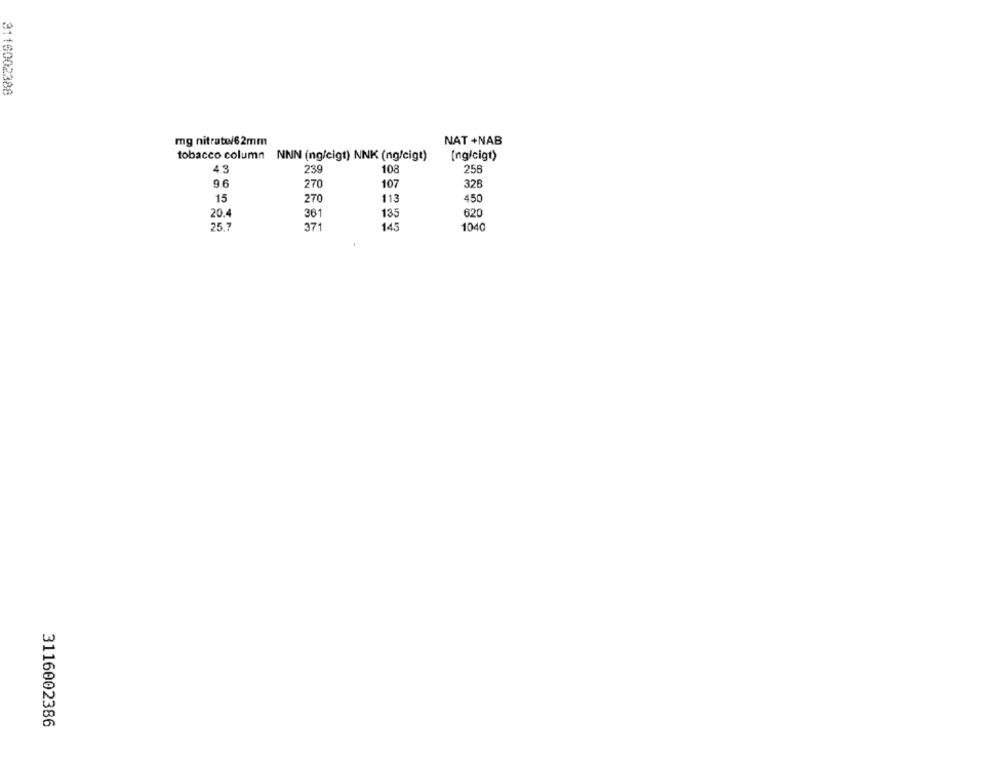
3116002388
mg nitrato/62mm
NAT +NAB
tobacco column NNN (ng/cigt) NNK (ng/cigt)
(ng/cigt)
103
4.3
239
256
9.6
107
325
270
15
113
450
270
20.4
361
620
135
25.7
371
14.
1040
3116002386